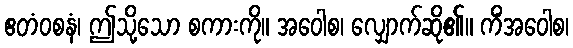
ဧတံဝစနံ၊ ဤသို့သော စကားကို။ အဝေါစ၊ လျှောက်ဆို၏။ ကိံအဝေါစ၊